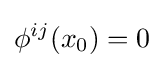
\phi ^{ij}(x_{0})=0